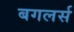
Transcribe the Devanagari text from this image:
बगलर्स